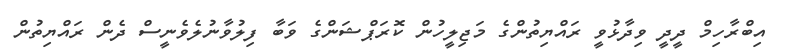
އިބްރާހިމް ދީދީ ވިދާޅުވީ ރައްޔިތުންގެ މަޖިލީހުން ކޮރަޕްޝަންގެ ވަބާ ފިލުވާނުލެވެނީސް ދެން ރައްޔިތުން